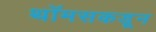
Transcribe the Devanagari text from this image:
थॉमसकडून